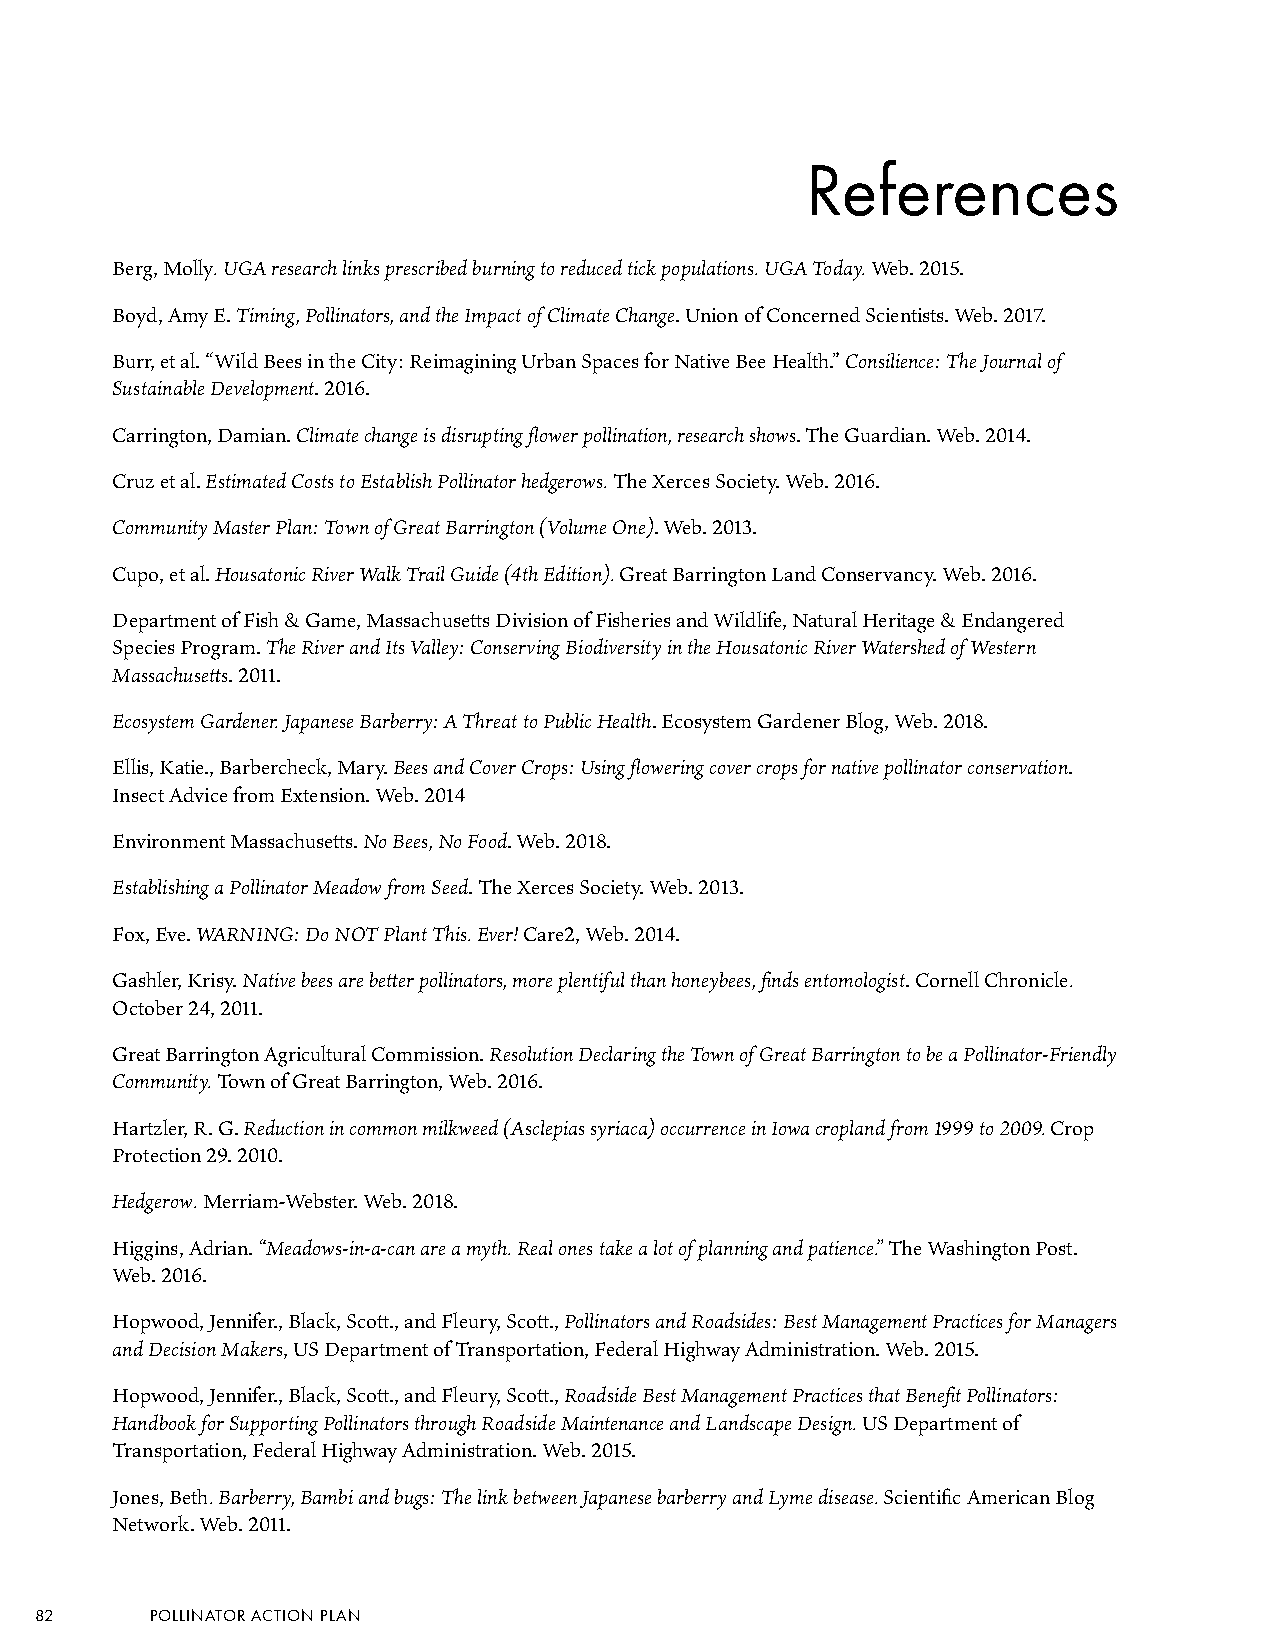
References
 Berg, Molly. UGA research links prescribed burning to reduced tick populations. UGA Today. Web. 2015.
 Boyd, Amy E. Timing, Pollinators, and the Impact of Climate Change. Union of Concerned Scientists. Web. 2017.
 Burr, et al. “Wild Bees in the City: Reimagining Urban Spaces for Native Bee Health.” Consilience: The Journal of
 Sustainable Development. 2016.
 Carrington, Damian. Climate change is disrupting flower pollination, research shows. The Guardian. Web. 2014.
 Cruz et al. Estimated Costs to Establish Pollinator hedgerows. The Xerces Society. Web. 2016.
 Community Master Plan: Town of Great Barrington (Volume One). Web. 2013.
 Cupo, et al. Housatonic River Walk Trail Guide (4th Edition). Great Barrington Land Conservancy. Web. 2016.
 Department of Fish & Game, Massachusetts Division of Fisheries and Wildlife, Natural Heritage & Endangered
 Species Program. The River and Its Valley: Conserving Biodiversity in the Housatonic River Watershed of Western
 Massachusetts. 2011.
 Ecosystem Gardener. Japanese Barberry: A Threat to Public Health. Ecosystem Gardener Blog, Web. 2018.
 Ellis, Katie., Barbercheck, Mary. Bees and Cover Crops: Using flowering cover crops for native pollinator conservation.
 Insect Advice from Extension. Web. 2014
 Environment Massachusetts. No Bees, No Food. Web. 2018.
 Establishing a Pollinator Meadow from Seed. The Xerces Society. Web. 2013.
 Fox, Eve. WARNING: Do NOT Plant This. Ever! Care2, Web. 2014.
 Gashler, Krisy. Native bees are better pollinators, more plentiful than honeybees, finds entomologist. Cornell Chronicle.
 October 24, 2011.
 Great Barrington Agricultural Commission. Resolution Declaring the Town of Great Barrington to be a Pollinator-Friendly
 Community. Town of Great Barrington, Web. 2016.
 Hartzler, R. G. Reduction in common milkweed (Asclepias syriaca) occurrence in Iowa cropland from 1999 to 2009. Crop
 Protection 29. 2010.
 Hedgerow. Merriam-Webster. Web. 2018.
 Higgins, Adrian. “Meadows-in-a-can are a myth. Real ones take a lot of planning and patience.” The Washington Post.
 Web. 2016.
 Hopwood, Jennifer., Black, Scott., and Fleury, Scott., Pollinators and Roadsides: Best Management Practices for Managers
 and Decision Makers, US Department of Transportation, Federal Highway Administration. Web. 2015.
 Hopwood, Jennifer., Black, Scott., and Fleury, Scott., Roadside Best Management Practices that Benefit Pollinators:
 Handbook for Supporting Pollinators through Roadside Maintenance and Landscape Design. US Department of
 Transportation, Federal Highway Administration. Web. 2015.
 Jones, Beth. Barberry, Bambi and bugs: The link between Japanese barberry and Lyme disease. Scientific American Blog
 Network. Web. 2011.
 82      POLLINATOR ACTION PLAN